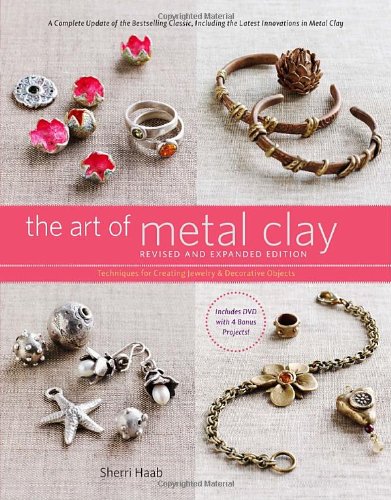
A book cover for The Art of Metal Clay, Revised and Expanded Edition (with DVD): Techniques for Creating Jewelry and Decorative Objects; Sherri Haab; Crafts, Hobbies & Home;